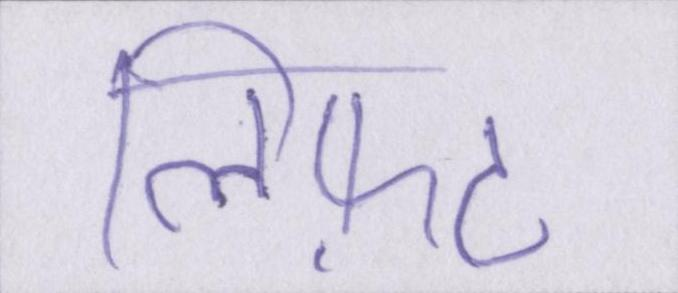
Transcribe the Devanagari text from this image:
लिफ़्ट